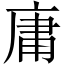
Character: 庸